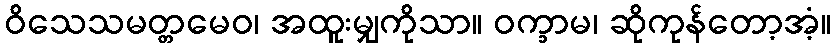
ဝိသေသမတ္တမေဝ၊ အထူးမျှကိုသာ။ ဝက္ခာမ၊ ဆိုကုန်တော့အံ့။